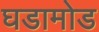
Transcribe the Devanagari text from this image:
घडामोड